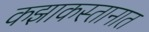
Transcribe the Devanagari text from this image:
कझाकस्तानात